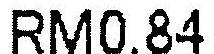
RM0.84